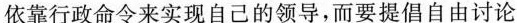
依靠行政命令来实现自己的领导，而要提倡自由讨论